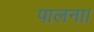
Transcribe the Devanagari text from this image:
पालना।